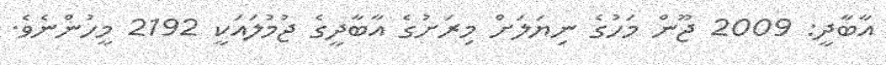
އާބާދީ: 2009 ޖޫން މަހުގެ ނިޔަލަށް މިރަށުގެ އާބާދީގެ ޖުމުލައަކީ 2192 މީހުންނެވެ.